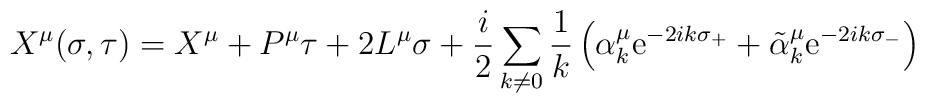
X^{\mu}(\sigma,\tau)=         X^{\mu} + P^{\mu}\tau + 2L^{\mu}\sigma +        \frac{i}{2}\sum_{k\neq 0}\frac{1}{k}\left(	\alpha^{\mu}_{k}         \mbox{e}^{-2ik\sigma_{+}} +	\tilde{\alpha}^{\mu}_{k}         \mbox{e}^{-2ik\sigma_{-}}\right)